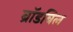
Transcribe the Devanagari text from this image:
ब्रॉडबिल